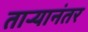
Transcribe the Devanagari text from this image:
ताऱ्यानंतर